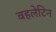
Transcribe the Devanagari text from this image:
वहलेटिन